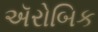
ઍરોબિક